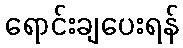
ရောင်းချပေးရန်